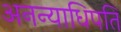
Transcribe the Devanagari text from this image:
अनन्याधिपति